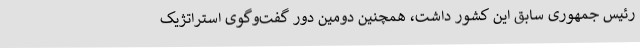
رئیس جمهوری سابق این کشور داشت، همچنین دومین دور گفت‌وگوی استراتژیک